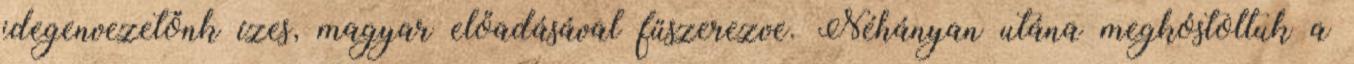
idegenvezetőnk ízes, magyar előadásával fűszerezve. Néhányan utána megkóstoltuk a